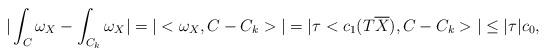
LaTeX: \begin{align*} |\int_C \omega_X - \int_{C_k} \omega_X|= |<\omega_X, C-C_k>|= |\tau <c_1(T\overline{X}), C-C_k>| \le |\tau| c_0,\end{align*}